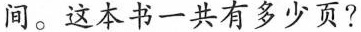
间。这本书一共有多少页?